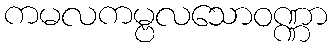
ကမလကမ္ဗလသောဝဏ္ဏာ